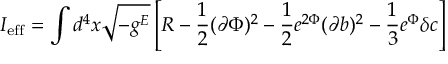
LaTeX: I _ { \mathrm { e f f } } = \int d ^ { 4 } x \sqrt { - g ^ { E } } \left[ R - \frac { 1 } { 2 } ( \partial \Phi ) ^ { 2 } - \frac { 1 } { 2 } e ^ { 2 \Phi } ( \partial b ) ^ { 2 } - \frac { 1 } { 3 } e ^ { \Phi } \delta c \right]